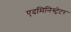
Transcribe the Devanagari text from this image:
एदमिनिस्ट्रेटर